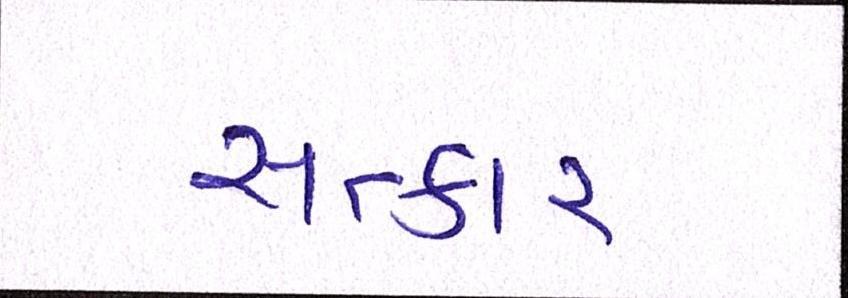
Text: સત્કાર